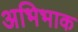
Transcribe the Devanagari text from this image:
अभिभाक